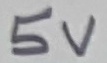
Text: 5V